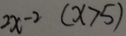
2 x ^ { - 2 } ( x > 5 )